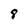
Character: 8